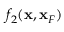
f _ { 2 } ( { \bf x } , { \bf x } _ { F } )